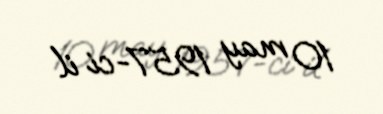
10 may 1957-ci il